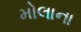
મોલાના